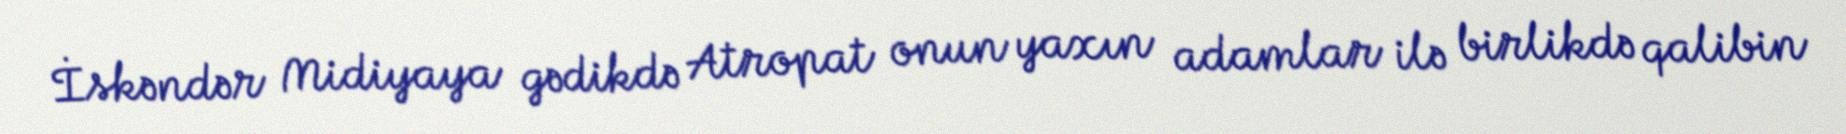
İskəndər Midiyaya gədikdə Atropat onun yaxın adamlar ilə birlikdə qalibin